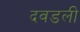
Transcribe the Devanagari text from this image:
दवडली